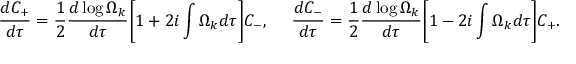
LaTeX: \frac { d C _ { + } } { d \tau } = \frac { 1 } { 2 } \frac { d \log { \Omega _ { k } } } { d \tau } \biggl [ 1 + 2 i \int \Omega _ { k } d \tau \biggr ] C _ { - } , ~ ~ ~ ~ \frac { d C _ { - } } { d \tau } = \frac { 1 } { 2 } \frac { d \log { \Omega _ { k } } } { d \tau } \biggl [ 1 - 2 i \int \Omega _ { k } d \tau \biggr ] C _ { + } .